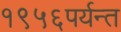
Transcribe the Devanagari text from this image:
१९५६पर्यन्त